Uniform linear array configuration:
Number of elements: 12
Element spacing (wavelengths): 1
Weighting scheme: blackman
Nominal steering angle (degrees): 15
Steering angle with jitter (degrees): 16.112
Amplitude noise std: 0.05
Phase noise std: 0.05

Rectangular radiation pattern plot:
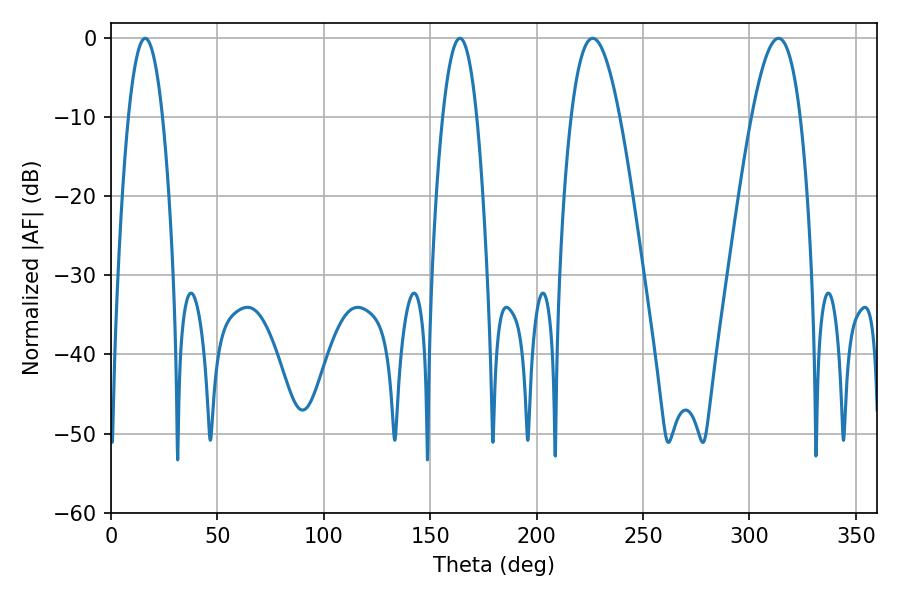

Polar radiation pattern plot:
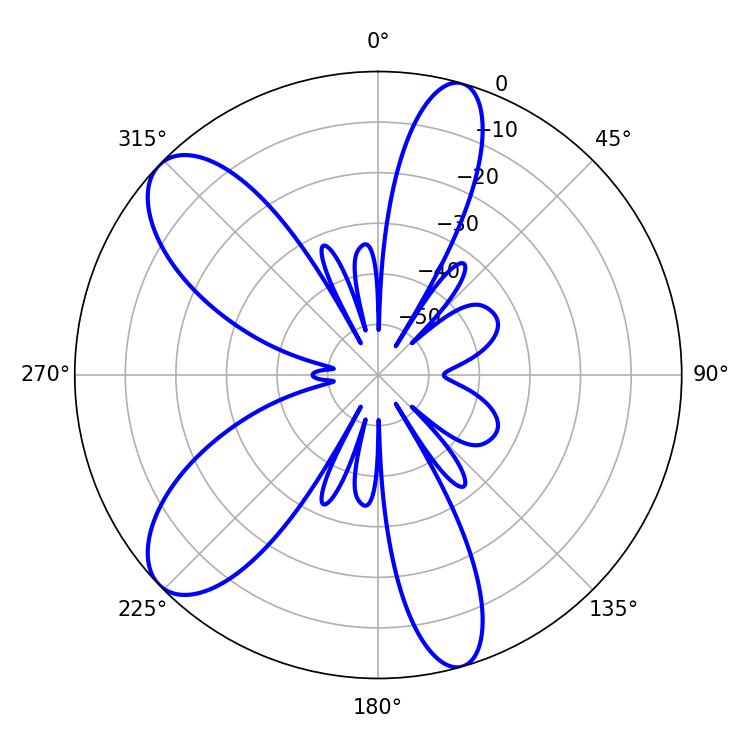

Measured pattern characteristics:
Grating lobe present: TRUE
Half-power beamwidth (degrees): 8.82
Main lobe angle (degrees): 16.02